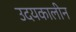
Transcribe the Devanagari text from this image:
उदयकालीन